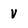
Character: v